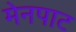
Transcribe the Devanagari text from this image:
मेनपाट